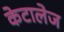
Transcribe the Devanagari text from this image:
केटालेज